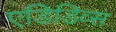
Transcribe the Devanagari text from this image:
एडिडिव्स